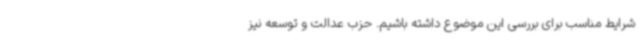
شرایط مناسب برای بررسی این موضوع داشته باشیم. حزب عدالت و توسعه نیز